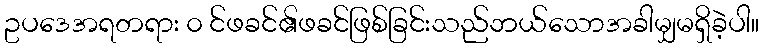
ဥပဒေအရတရား ၀ င်ဖခင်၏ဖခင်ဖြစ်ခြင်းသည်ဘယ်သောအခါမျှမရှိခဲ့ပါ။